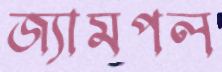
জ্যামপল